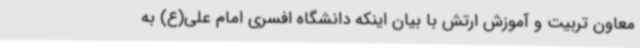
معاون تربیت و آموزش ارتش با بیان اینکه دانشگاه افسری امام علی(ع) به